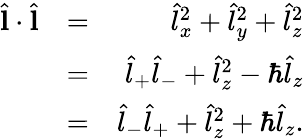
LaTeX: \begin{array}{rlr}{\hat{\mathbf l}\cdot\hat{\mathbf l}}&{=}&{\hat{l}_{x}^{2}+\hat{l}_{y}^{2}+\hat{l}_{z}^{2}}\\ &{=}&{\hat{l}_{+}\hat{l}_{-}+\hat{l}_{z}^{2}-\hbar\hat{l}_{z}}\\ &{=}&{\hat{l}_{-}\hat{l}_{+}+\hat{l}_{z}^{2}+\hbar\hat{l}_{z}.}\end{array}